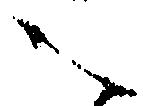
之